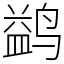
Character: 鹢